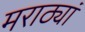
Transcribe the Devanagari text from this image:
मराठ्यां